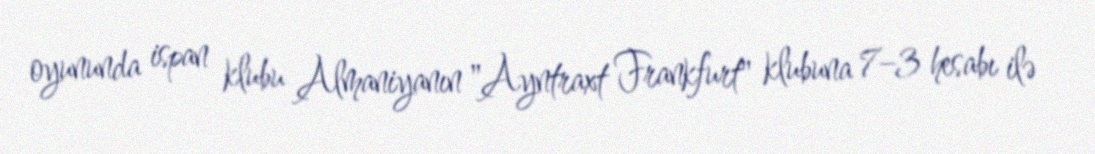
oyununda ispan klubu Almaniyanın "Ayntraxt Frankfurt" klubuna 7–3 hesabı ilə